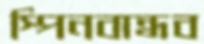
স্পিনবান্ধব